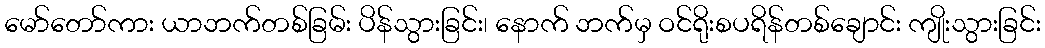
မော်တော်ကား ယာဘက်တစ်ခြမ်း ပိန်သွားခြင်း၊ နောက် ဘက်မှ ဝင်ရိုးစပရိန်တစ်ချောင်း ကျိုးသွားခြင်း